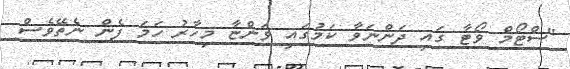
"ސްޓޯމް ވޯޓާ ގައި ދަންނަވާ ކަމުގައި ވަންޏާ މިހާރު ހަމަ ފެން ނެތޭވެސް